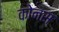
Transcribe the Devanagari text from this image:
कोनस